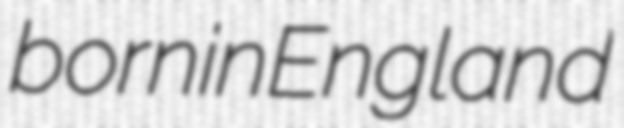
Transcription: born in England